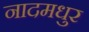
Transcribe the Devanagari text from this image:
नादमधुर